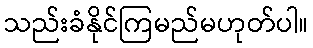
သည်းခံနိုင်ကြမည်မဟုတ်ပါ။